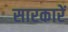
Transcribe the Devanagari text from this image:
सारकारें